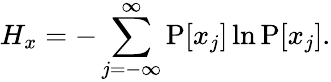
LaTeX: H_{x}=-\sum_{j=-\infty}^{\infty}\operatorname{P}[x_{j}]\ln\operatorname{P}[x_{j}].